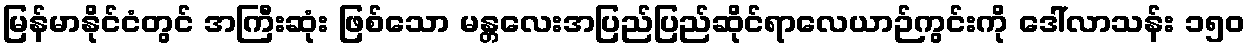
မြန်မာနိုင်ငံတွင် အကြီးဆုံး ဖြစ်သော မန္တလေးအပြည်ပြည်ဆိုင်ရာလေယာဉ်ကွင်းကို ဒေါ်လာသန်း ၁၅၀